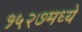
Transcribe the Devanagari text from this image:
१५२७मध्ये